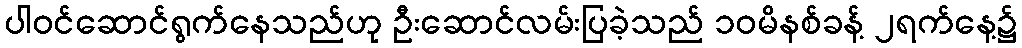
ပါဝင်ဆောင်ရွက်နေသည်ဟု ဦးဆောင်လမ်းပြခဲ့သည် ၁၀မိနစ်ခန့် ၂ရက်နေ့၌